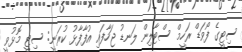
ސިޓީގެ ފޯވަޑް ރަހީމް ސްޓާލިން ލަނޑު ޖަހާފައި އުފާފާޅު ކުރަނީ: ސިޓީ މޮޅުވީ